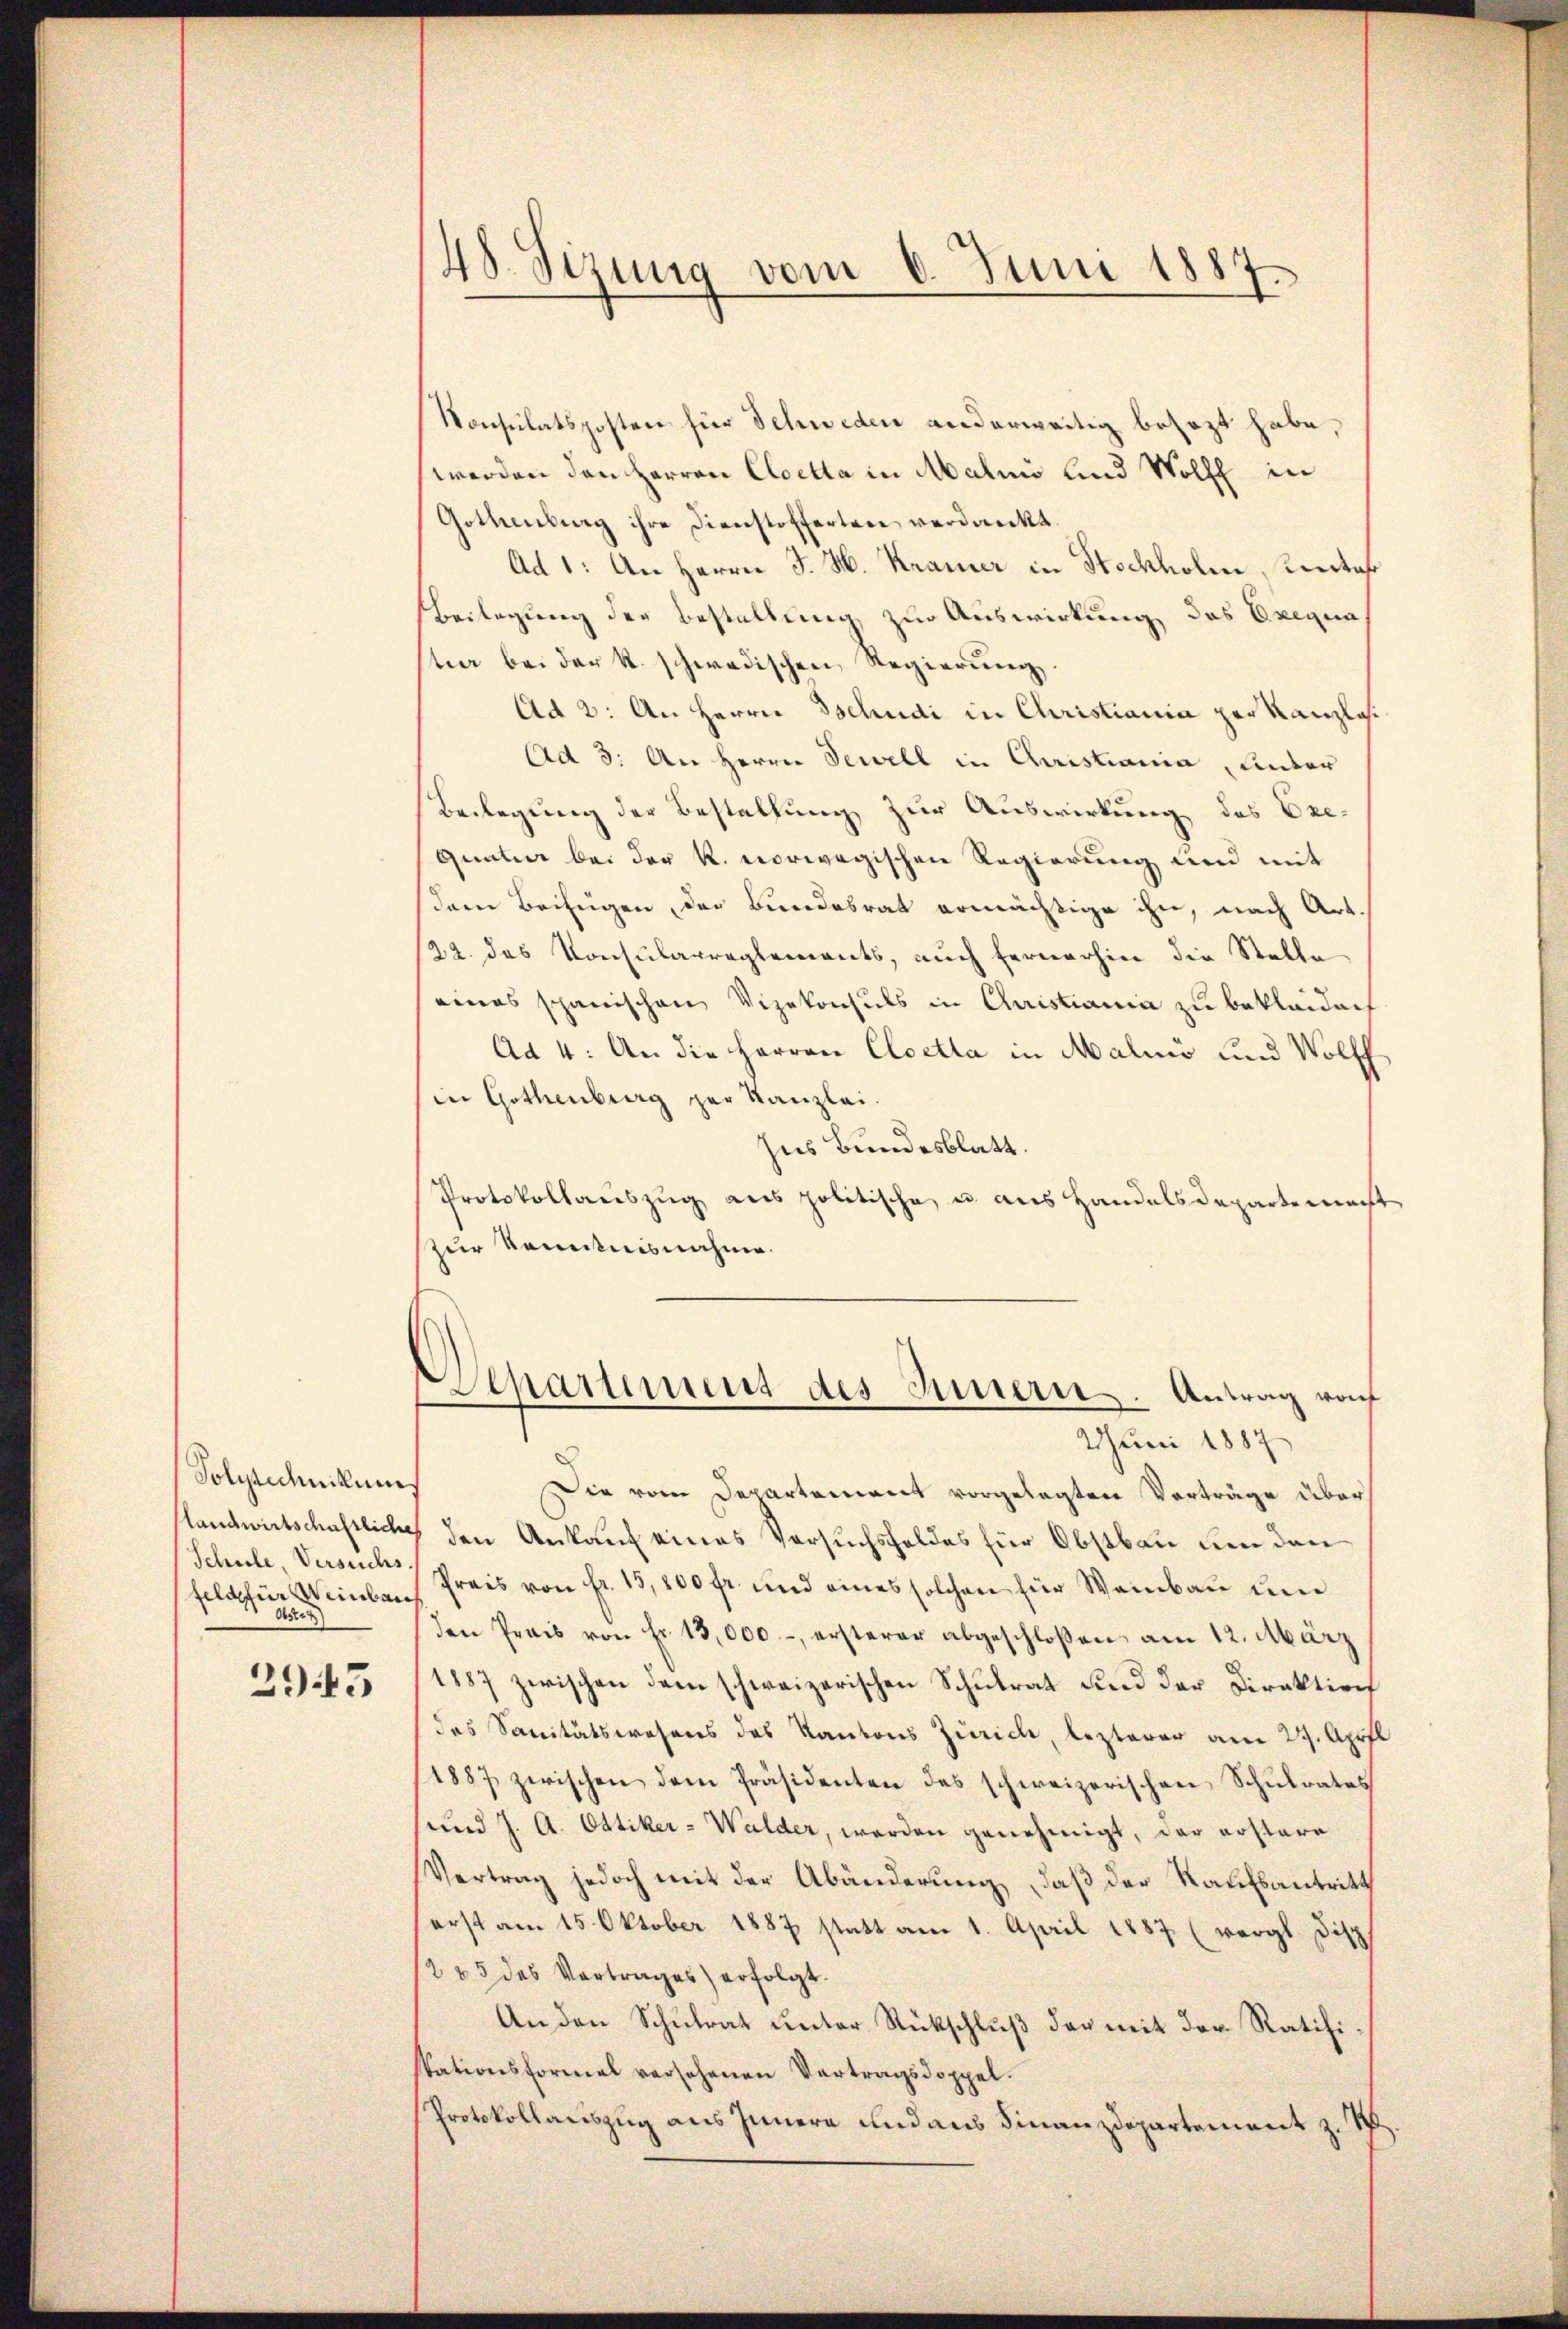
Polytechnikums
landwirtschaftliche
Schule Versuchs.
lagir Weinban
05

2943

48. Sizung vom 6. Juni 1884

Konsulatsposten für Schweden anderweitig besezt habe,
werden den Herren Cloetta in Malen und Wolff in
Gothenburg ihre Dienstofferten verdankt.
Ad 1: An Herrn J. H. Kramer in Stockholm, Unter
Beilagung der Bestellung zur Auswirkung des Exequa
tier bei der k. schwedischen Regierung,
Ad 2: An Herrn Tschudi in Christiania per Kanzlosi
Ad 3: An Herrn Bewill in Christiania, Unter
Beilegung der Bestallung zur Auswirkung des Brequatier bei der K. vorwegischen Regierung und mit
dem Beifügen, der Bundesrat ermächtige ihn, nach Art.
22. das Konsularreglements, auch fernerhin die Stelle
eines schanischen Vizekonsuls in Christiania zu bekleiden
Ad 4: An die Herren Cloetta in Malio und Wolff
in Gothenburg zur Kanzlei.
Ins Bundesblatt.
Protokollauszug aus politische u. aus Handelsdepartement
zur Kenntnisnahme.
Separtiment des Innern. Antrag von
2Juni 1887
Die vom Departement vorgelegten Vorträge überden Ankauf eines Versuchsfeldes für Obstbau um den
Preis von fr. 13,800 fr. und eines solchen für Weinbau und
den Preis von Fr. 13,000.-, ersterer abgeschloßen am 12. März
1887 zwischen dem schweizerischen Schulrat und der Direktion
das Sanitätswesens des Kantons Zürich, lezterer am 29. April
1887 zwischen dem Präsidenten des schweizerischen Schulrates
und J. A. Ottiker-Walder, werden genehmigt, der erstare
Vertrag jedoch mit der Abänderung, daß der Kaufsantritt
erst am 15. Oktober 1887 statt am 1. April 1887 (vergl. Disp.
1285 des Vortrages) erfolgt.
An den Schŭlrat unter Rückschlŭβ der mit der Ratifi
stationsformal versehenen Vertragsdoppel.
Protokollauszug aus Innern und aus Finanzdepartement z. B.